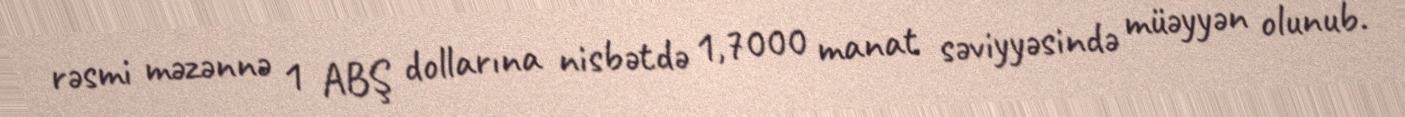
rəsmi məzənnə 1 ABŞ dollarına nisbətdə 1,7000 manat səviyyəsində müəyyən olunub.